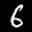
Label: 6